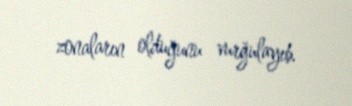
zonaların olduğunu vurğulayıb.